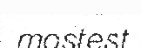
mostest